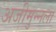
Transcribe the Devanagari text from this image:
अजीमुन्नला